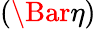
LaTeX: \left(\Bar\eta\right)